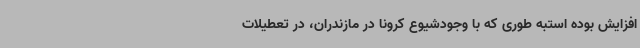
افزایش بوده استبه طوری که با وجودشیوع کرونا در مازندران، در تعطیلات